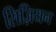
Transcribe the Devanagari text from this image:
सिज़ियन